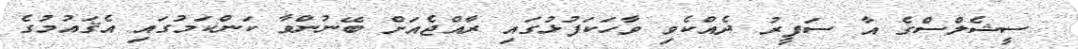
ސީޝެލްސްގެ އާ ސަފީރު ދެއްކެވި ވާހަކަފުޅުގައި ރާއްޖެއަށް ބޭނުންވާ ކަންކަމުގައި އެޤައުމުގެ